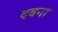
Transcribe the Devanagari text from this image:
दबना